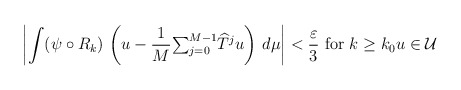
\begin{align*}\left\vert \int(\psi\circ R_{k})\,\left( u-\frac{1}{M}{\textstyle\sum_{j=0}^{M-1}}\widehat{T}^{j}u\right) \,d\mu\right\vert <\frac{\varepsilon}{3}\text{ for }k\geq k_{0}u\in\mathcal{U}\end{align*}